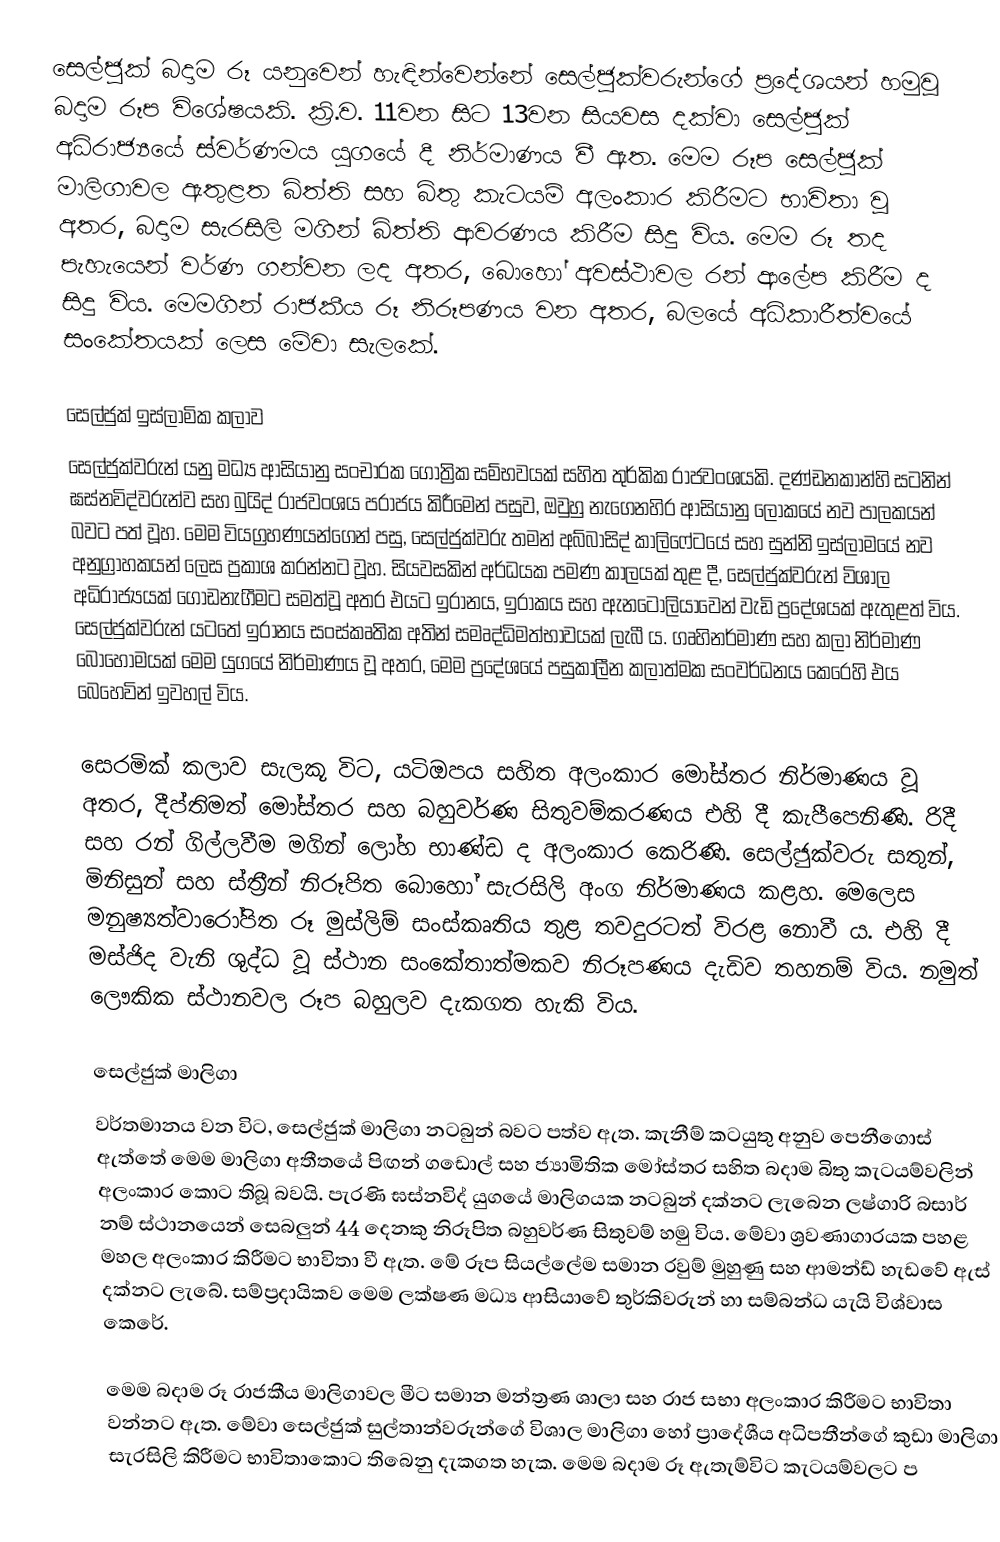
සෙල්ජුක් බදාම රූ යනුවෙන් හැඳින්වෙන්නේ සෙල්ජුක්වරුන්ගේ ප්‍රදේශයන් හමුවූ බදාම රූප විශේෂයකි. ක්‍රි.ව. 11වන සිට 13වන සියවස දක්වා සෙල්ජුක් අධිරාජ්‍යයේ ස්වර්ණමය යුගයේ දී නිර්මාණය වී ඇත. මෙම රූප සෙල්ජුක් මාලිගාවල ඇතුළත බිත්ති සහ බිතු කැටයම් අලංකාර කිරීමට භාවිතා වූ අතර, බදාම සැරසිලි මගින් බිත්ති ආවරණය කිරීම සිදු විය. මෙම රූ තද පැහැයෙන් වර්ණ ගන්වන ලද අතර, බොහෝ අවස්ථාවල රන් ආලේප කිරීම ද සිදු විය. මෙමගින් රාජකීය රූ නිරූපණය වන අතර, බලයේ අධිකාරීත්වයේ සංකේතයක් ලෙස මේවා සැලකේ.

සෙල්ජුක් ඉස්ලාමික කලාව
සෙල්ජුක්වරුන් යනු මධ්‍ය ආසියානු සංචාරක ගෝත්‍රික සම්භවයක් සහිත තුර්කික රාජවංශයකි. දණ්ඩනකාන්හි සටනින් ඝස්නවිද්වරුන්ව සහ බුයිද් රාජවංශය පරාජය කිරීමෙන් පසුව, ඔවුහු නැගෙනහිර ආසියානු ලෝකයේ නව පාලකයන් බවට පත් වූහ. මෙම වියග්‍රහණයන්ගෙන් පසු, සෙල්ජුක්වරු තමන් අබ්බාසිද් කාලිෆේටයේ සහ සුන්නි ඉස්ලාමයේ නව අනුග්‍රාහකයන් ලෙස ප්‍රකාශ කරන්නට වූහ. සියවසකින් අර්ධයක පමණ කාලයක් තුළ දී, සෙල්ජුක්වරුන් විශාල අධිරාජ්‍යයක් ගොඩනැගීමට සමත්වූ අතර එයට ඉරානය, ඉරාකය සහ ඇනටෝලියාවෙන් වැඩි ප්‍රදේශයක් ඇතුළත් විය. සෙල්ජුක්වරුන් යටතේ ඉරානය සංස්කෘතික අතින් සමෘද්ධිමත්භාවයක් ලැබී ය. ගෘහිනර්මාණ සහ කලා නිර්මාණ බොහෝමයක් මෙම යුගයේ නිර්මාණය වූ අතර, මෙම ප්‍රදේශයේ පසුකාලීන කලාත්මක සංවර්ධනය කෙරෙහි එය බෙහෙවින් ඉවහල් විය.

සෙරමික් කලාව සැලකූ විට, යටිඔපය සහිත අලංකාර මෝස්තර නිර්මාණය වූ අතර, දීප්තිමත් මෝස්තර සහ බහුවර්ණ සිතුවම්කරණය එහි දී කැපීපෙනිණි. රිදී සහ රන් ගිල්ලවීම මගින් ලෝහ භාණ්ඩ ද අලංකාර කෙරිණි. සෙල්ජුක්වරු සතුන්, මිනිසුන් සහ ස්ත්‍රීන් නිරූපිත බොහෝ සැරසිලි අංග නිර්මාණය කළහ. මෙලෙස මනුෂ්‍යත්වාරෝපිත රූ මුස්ලිම් සංස්කෘතිය තුළ තවදුරටත් විරළ නොවී ය. එහි දී මස්ජිද වැනි ශුද්ධ වූ ස්ථාන සංකේතාත්මකව නිරූපණය දැඩිව තහනම් විය. නමුත් ලෞකික ස්ථානවල රූප බහුලව දැකගත හැකි විය.

සෙල්ජුක් මාලිගා
වර්තමානය වන විට, සෙල්ජුක් මාලිගා නටබුන් බවට පත්ව ඇත. කැනීම් කටයුතු අනුව පෙනීගොස් ඇත්තේ මෙම මාලිගා අතීතයේ පිඟන් ගඩොල් සහ ජ්‍යාමිතික මෝස්තර සහිත බදාම බිතු කැටයම්වලින් අලංකාර කොට තිබූ බවයි. පැරණි ඝස්නවිද් යුගයේ මාලිගයක නටබුන් දක්නට ලැබෙන ලෂ්ගාරි බසාර් නම් ස්ථානයෙන් සෙබලුන් 44 දෙනකු නිරූපිත බහුවර්ණ සිතුවම් හමු විය. මේවා ශ්‍රවණාගාරයක පහළ මහල අලංකාර කිරීමට භාවිතා වී ඇත. මේ රූප සියල්ලේම සමාන රවුම් මුහුණු සහ ආමන්ඩ් හැඩවේ ඇස් දක්නට ලැබේ. සම්ප්‍රදායිකව මෙම ලක්ෂණ මධ්‍ය ආසියාවේ තුර්කිවරුන් හා සම්බන්ධ යැයි විශ්වාස කෙරේ.

මෙම බදාම රූ රාජකීය මාලිගාවල මීට සමාන මන්ත්‍රණ ශාලා සහ රාජ සභා අලංකාර කිරීමට භාවිතා වන්නට ඇත. මේවා සෙල්ජුක් සුල්තාන්වරුන්ගේ විශාල මාලිගා හෝ ප්‍රාදේශීය අධිපතීන්ගේ කුඩා මාලිගා සැරසිලි කිරීමට භාවිතාකොට තිබෙනු දැකගත හැක. මෙම බදාම රූ ඇතැම්විට කැටයම්වලට ප